Civil Veterinary Dept. Bombay admin report 1900-1906 - 1900-1906
Year: 1900
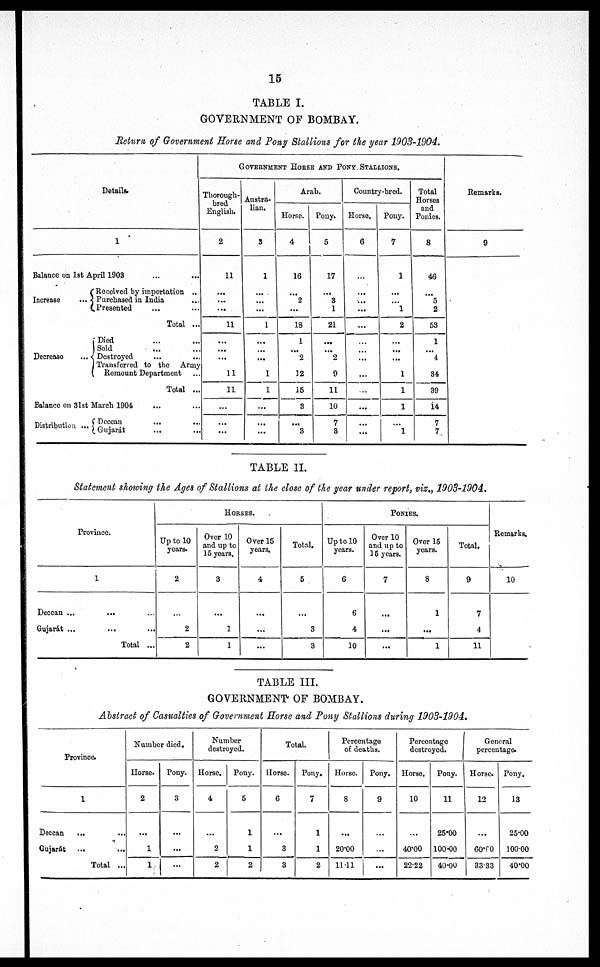
15
TABLE I.
GOVERNMENT OF BOMBAY.
Return of Government Horse and Pony Stallions for the year 1903-1904.
Details.
1
Balance on 1st April 1903
Increase
...
Received by importation ...
Purchased in India ...
Presented ... ...
Total ...
Decrease
...
Died ... ...
Sold ... ...
Destroyed ... ...
Transferred to the Army
Remount Department ...
Total ...
Balance on 31st March 1904
Distribution ... ...
Deccan ... ...
Gujarat ... ...
GOVERNMENT HORSE AND PONY STALLIONS.
Thorough-
bred
English.
2
11
...
...
...
11
...
...
...
11
11
...
...
...
Austra-
lian.
3
1
...
...
...
1
...
...
...
1
1
...
...
...
Arab.
Horse.
4
16
...
2
...
18
1
...
2
12
15
3
...
3
Pony.
5
17
....
3
1
21
...
...
2
9
11
10
7
3
Country-bred.
Horse.
6
...
...
...
...
...
...
...
...
...
...
...
...
Pony.
7
1
...
... 1
2
...
...
...
1
1
1
...
1
Total
Horses
and
Ponies.
8
46
...
5
2
53
1
...
4
34
39
14
7
7
Remarks.
9
TABLE II.
Statement showing the Ages of Stallions at the close of the year under report, viz., 1903-1904.
Province.
1
Deccan ...
... ...
Gujarát
...
...
...
Total ...
HORSES.
Up to 10
years.
2
...
2
2
Over 10
and up to
15 years.
3
...
1
1
Over 15
years.
4
...
...
...
Total.
5
...
3
3
PONIES.
Up to 10
years.
6
6
4
10
Over 10
and up to
15 years.
7
...
...
...
Over 15
years.
8
1
...
1
Total.
9
7
4
11
Remarks.
10
TABLE III.
GOVERNMENT OF BOMBAY.
Abstract of Casualties of Government Horse and Pong Stallions during 1903-1904,
Province.
1
Deccan
... ...
Gujarat ... ...
Total ...
Number died.
Horse.
2
1
1
Pony.
3
...
...
...
Number
destroyed.
Horse.
4
...
2
2
Pony.
5
1
1
2
Total.
Horse.
6
...
3
3
Pony.
7
1
1
2
Percentage
of deaths.
Horse.
8
...
20.00
11.11
Pony.
9
...
...
...
Percentage
destroyed.
Horse.
10
...
40.00
22.22
Pony.
11
25.00
100.00
40.00
General
percentage.
Horse.
12
...
60.00
33.33
Pony.
13
25.00
100.00
40.00